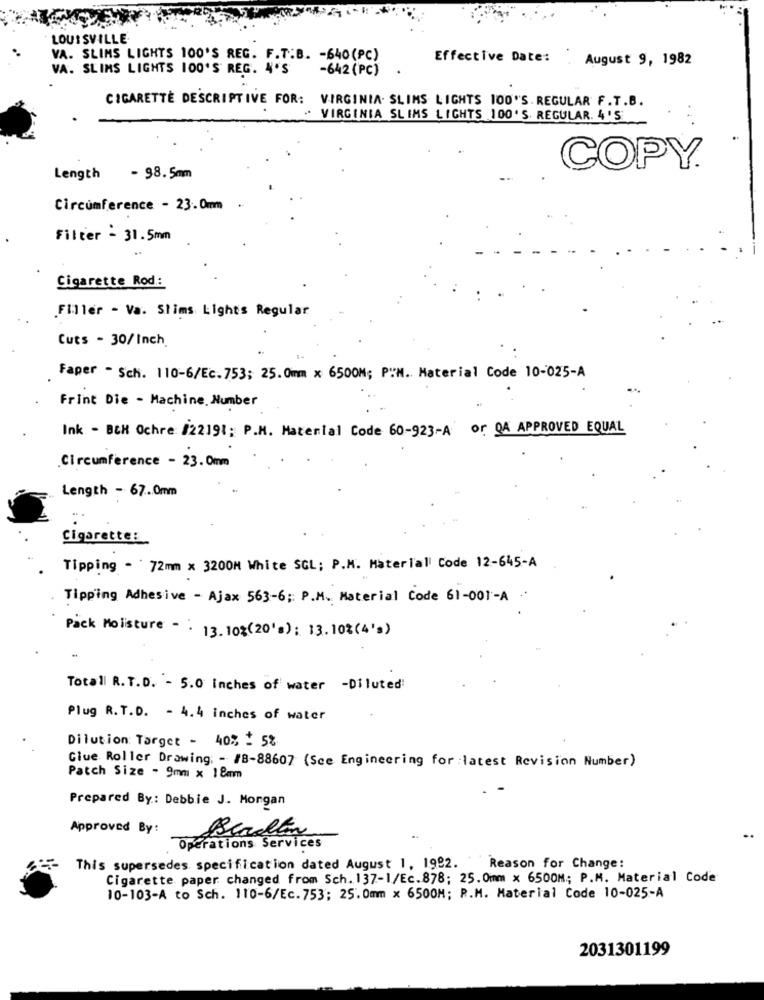
LOUISVILLE
VA. SLIMS LIGHTS 100'S REG. F.T.B. - 640(PC)
Effective Date:
August 9, 1982
VA. SLIMS LIGHTS 100'S REG. 4'S
-642 (PC)
CIGARETTE DESCRIPTIVE FOR: VIRGINIA. SLIMS LIGHTS 100"S. REGULAR F. T.B.
- VIRGINIA SLIMS LIGHTS 100'S. REGULAR. 4 'S
COPY.
Length
- 98. 5mm
Circumference - 23. 0mm ..
Filter - 31.5mm
Cigarette Rod .:
Filler - Va. Slims Lights Regular
Cuts - 30/Inch
Faper - Sch. 110-6/Ec.753; 25. 0mm x 6500M; P"N. Material Code 10-025-A
Frint Die - Machine, Number
Ink - BCH Ochre: /22191; P.M. Material Code 60-923-A or QA APPROVED EQUAL
Circumference - 23.0mm
Length - 67 ... 0mm
Cigarette:
Tipping - 72mm x 3200M White SCL; P.M. Material Code 12-645-A
Tipping Adhesive - Ajax 563-6; P.M. Material Code 61-001-A .
Pack Moisture - . 13.102(20'"); 13.10%(4's)
Totall R.T.D. - 5.0 inches of water -Diluted:
Plug R. T.D. - 4.4 inches of water
Dilution Target - 40% + 5%
Give Roller Drawing: - /B-88607 (See Engineering for latest Revision Number)
Patch Size - 9mm x 1 8mm
Prepared By: Debbie J. Morgan
Approved By:
Berlin
Operations Services
This supersedes specification dated August 1, 1992. Reason for Change:
Cigarette paper changed from Sch. 137-1/Ec.878; 25. 0mm x 6500M; P.M. Material Code
10-103-A to Sch. 110-6/Ec.753; 25.0mm x 6500M; P.M. Material Code 10-025-A
2031301199